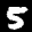
Label: 5